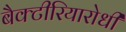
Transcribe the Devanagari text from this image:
बैक्टीरियारोधी